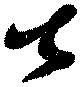
士